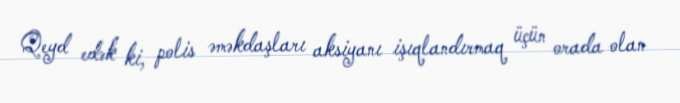
Qeyd edək ki, polis əməkdaşları aksiyanı işıqlandırmaq üçün orada olan